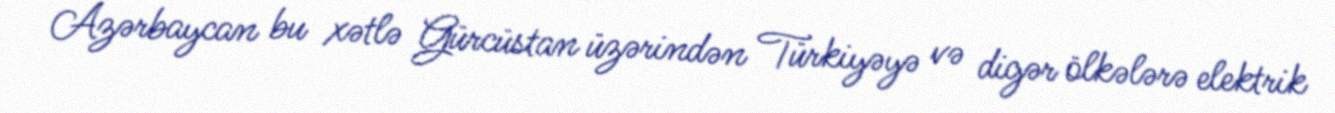
Azərbaycan bu xətlə Gürcüstan üzərindən Türkiyəyə və digər ölkələrə elektrik